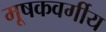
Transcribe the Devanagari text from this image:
मूषकवर्गीय